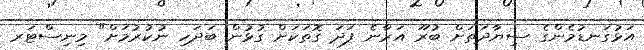
އަޅުގަނޑުމެންގެ ސިޔާދަތަށް ބުރޫ އަރާނެ ފަދަ ގޮތަކަށް ގުޅުން ބަދަހި ނުކުރުމަށް" މިނިސްޓަރ